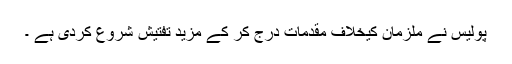
پولیس نے ملزمان کیخلاف مقدمات درج کر کے مزید تفتیش شروع کردی ہے ۔